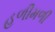
હળીમળી